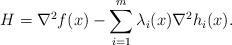
LaTeX: \begin{align*}H & = \nabla^2 f(x) - \sum_{i = 1}^{m} \lambda_i(x) \nabla^2 h_i(x).\end{align*}